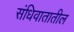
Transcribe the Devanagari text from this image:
संधिवातातील